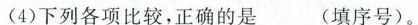
(4)下列各项比较，正确的是_____________(填序号)。